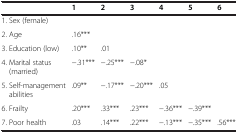
|  | 1 | 2 | 3 | 4 | 5 | 6 |
 | --- | --- | --- | --- | --- | --- | --- |
 | 1. Sex (female) |  |  |  |  |  |  |
 | 2. Age | .16*** |  |  |  |  |  |
 | 3. Education (low) | .10** | .01 |  |  |  |  |
 | 4. Marital status (married) | -.31*** | -.25*** | -.08* |  |  |  |
 | 5. Self-management abilities | .09** | -.17*** | -.20*** | .05 |  |  |
 | 6. Frailty | .20*** | .33*** | .23*** | -.36*** | -.39*** |  |
 | 7. Poor health | .03 | .14*** | .22*** | -.13*** | -.35*** | .56*** |